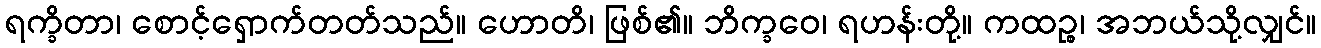
ရက္ခိတာ၊ စောင့်ရှောက်တတ်သည်။ ဟောတိ၊ ဖြစ်၏။ ဘိက္ခဝေ၊ ရဟန်းတို့။ ကထဉ္စ၊ အဘယ်သို့လျှင်။